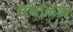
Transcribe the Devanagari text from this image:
धननिळ